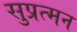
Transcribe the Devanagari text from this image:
सुप्रत्मन